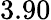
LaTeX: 3.90